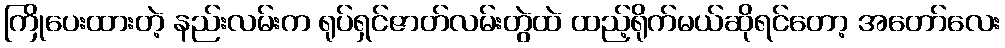
ကြိုပေးထားတဲ့ နည်းလမ်းက ရုပ်ရှင်ဇာတ်လမ်းတွဲထဲ ထည့်ရိုက်မယ်ဆိုရင်တော့ အတော်လေး